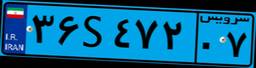
۳۰S۱۴۲۱۴